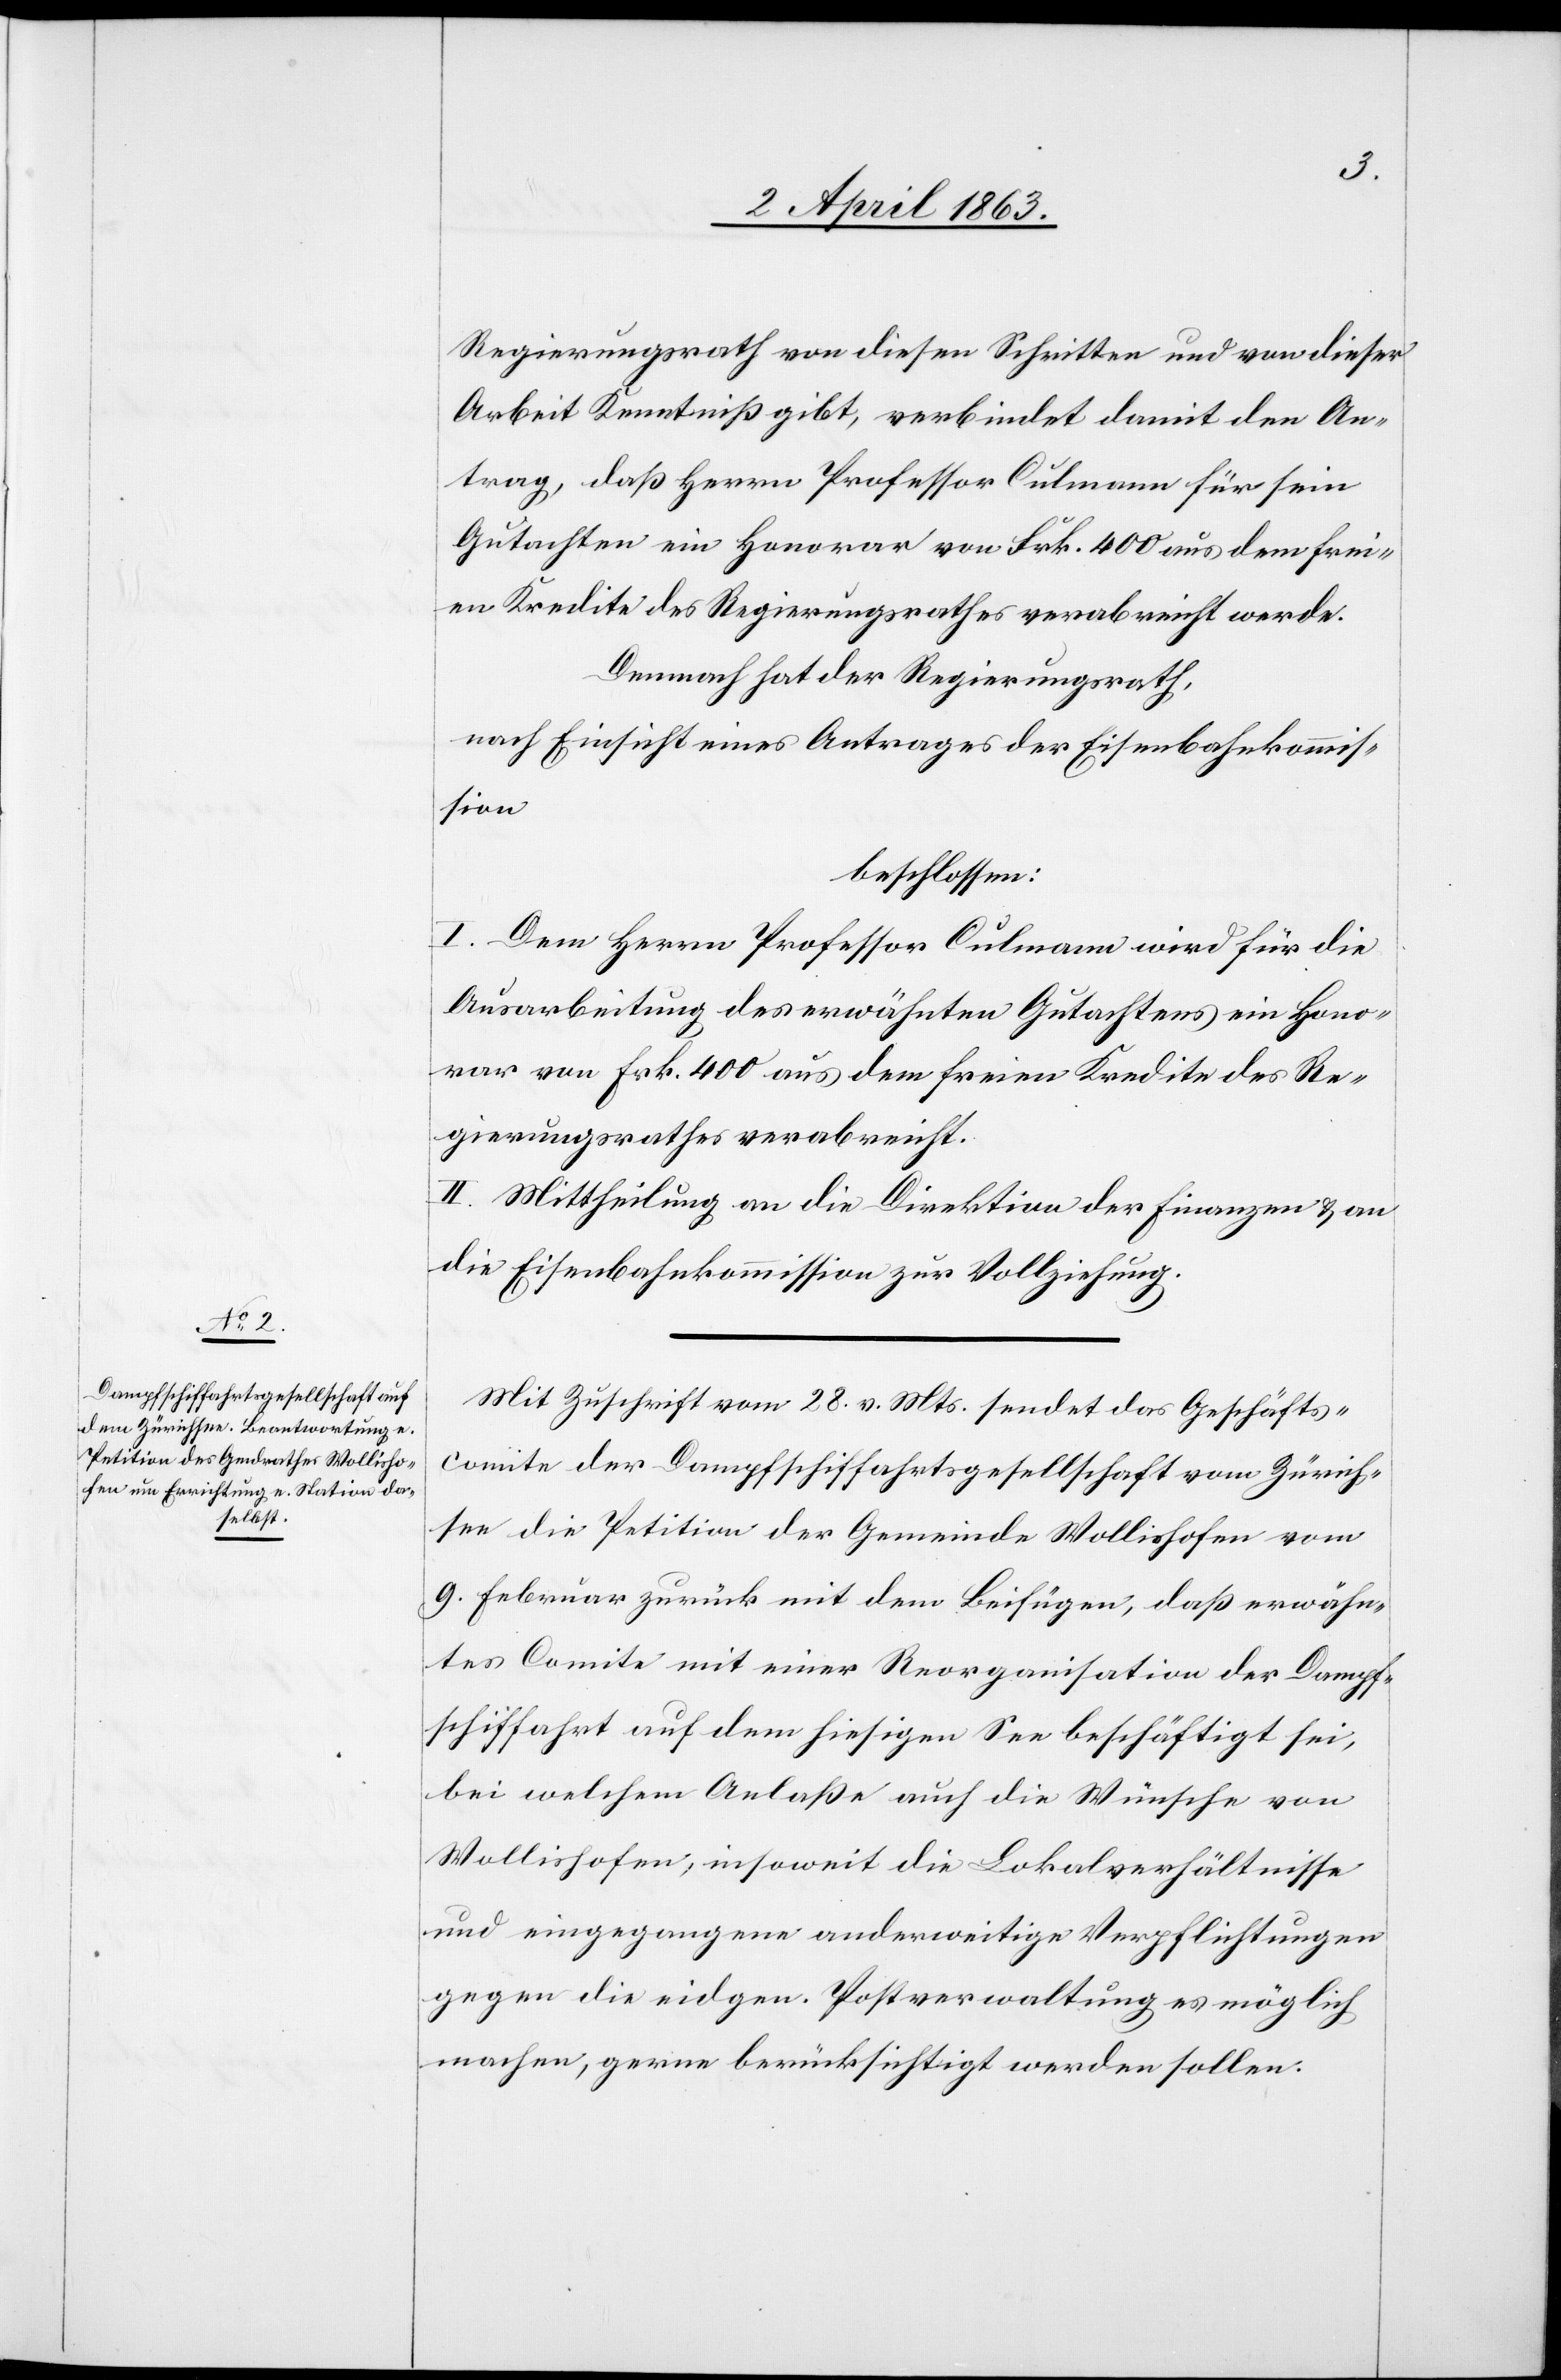
Regierungsrath von diesen Schritten und von dieser
Arbeit Kenntniß gibt, verbindet damit den An¬
trag, daß Herrn Professor Culmann für sein
Gutachten ein Honorar von Frk. 400 aus dem frei¬
en Kredite des Regierungsrathes verabreicht werde.
Demnach hat der Regierungsrath,
nach Einsicht eines Antrages der Eisenbahnkommis¬
sion
beschlossen:
I. Dem Herrn Professor Culmann wird für die
Ausarbeitung des erwähnten Gutachtens ein Hono¬
rar von Frk. 400 aus dem freien Kredite des Re¬
gierungsrathes verabreicht.
II. Mittheilung an die Direktion der Finanzen & an
die Eisenbahnkommission zur Vollziehung.
Mit Zuschrift vom 28. v. Mts. sendet das Geschäfts¬
comite der Dampfschiffahrtsgesellschaft vom Zürich¬
see die Petition der Gemeinde Wollishofen vom
9. Februar zurück mit dem Beifügen, daß erwähn¬
tes Comité mit einer Reorganisation der Dampf¬
schiffahrt auf dem hiesigen See beschäftigt sei,
bei welchem Anlaße auch die Wünsche von
Wollishofen, insoweit die Lokalverhältnisse
und eingegangene anderweitige Verpflichtungen
gegen die eidgen. Postverwaltung es möglich
machen, gerne berücksichtigt werden sollen.